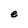
Character: e